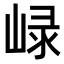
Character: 𡸮